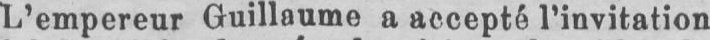
L’empereur Guillaume a accepté l’invitation